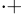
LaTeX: ^{\cdot+}